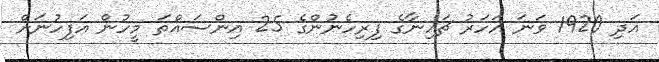
އަދި 1920 ވަނަ އަހަރު ޗައިނާގެ ފިރިހެނުންގެ 25 އިންސައްތަ މީހުން އަފިހުނަށް